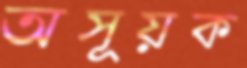
অসূয়ক